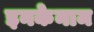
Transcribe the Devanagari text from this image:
इनकेनाम